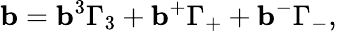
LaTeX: {\mathbf b}={\mathbf b}^{3}\Gamma_{3}+{\mathbf b}^{+}\Gamma_{+}+{\mathbf b}^{-}\Gamma_{-},